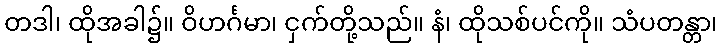
တဒါ၊ ထိုအခါ၌။ ဝိဟင်္ဂမာ၊ ငှက်တို့သည်။ နံ၊ ထိုသစ်ပင်ကို။ သံပတန္တာ၊